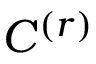
C ^ { ( r ) }